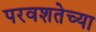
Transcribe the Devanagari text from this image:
परवशतेच्या